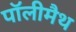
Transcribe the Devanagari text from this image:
पॉलीमैथ